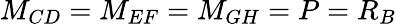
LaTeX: M_{CD}=M_{EF}=M_{GH}=P=R_{B}